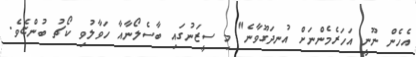
އެހެން ނޫނީ އަހަރެމެންނަށް އުނދަގޫވާނެ" މި ސީޒަނުގައި ބާސެލޯނާއާ ހަވާލުވި ކޯޗު ބުންޏެވެ.